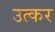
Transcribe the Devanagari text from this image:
उत्कर